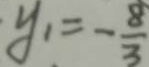
y _ { 1 } = - \frac { 8 } { 3 }